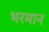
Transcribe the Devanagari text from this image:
भरमान